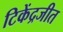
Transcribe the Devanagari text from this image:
टिकेंद्रजीत